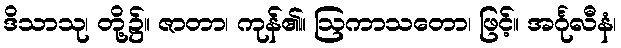
ဒိသာသု၊ တို့၌။ ဇာတာ၊ ကုန်၏။ ဩကာသတော၊ ဖြင့်။ အင်္ဂုလီနံ၊